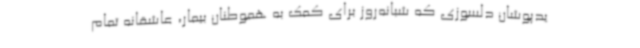
یدپوشان دلسوزی که شبانه‌روز برای کمک به هموطنان بیمار، عاشقانه تمام